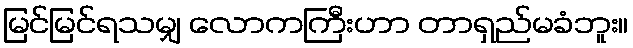
မြင်မြင်ရသမျှ လောကကြီးဟာ တာရှည်မခံဘူး။